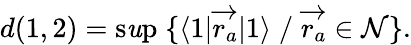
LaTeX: d(1,2)=\operatorname*{s\mathit{u}p}\; \{ \langle1|{\overrightarrow{{r_{a}}}}|1\rangle\; /\; {\overrightarrow{{r_{a}}}}\in\mathcal{{N}}\} .